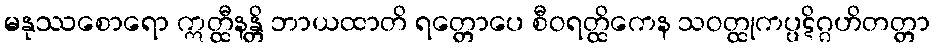
မနုဿစောရော ဣတ္ထီနန္တိ ဘာယထာတိ ရတ္တောပေ စီဝရတ္ထိကေန သဝတ္ထုကပ္ပဋိဂ္ဂဟိတတ္တာ